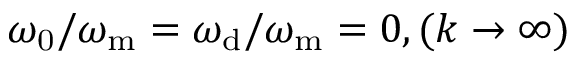
\omega _ { \mathrm { 0 } } / \omega _ { \mathrm { m } } = \omega _ { \mathrm { d } } / \omega _ { \mathrm { m } } = 0 , ( k \rightarrow \infty )